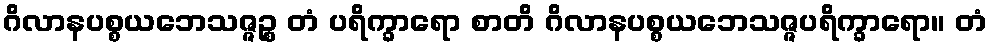
ဂိလာနပစ္စယဘေသဇ္ဇဉ္စ တံ ပရိက္ခာရော စာတိ ဂိလာနပစ္စယဘေသဇ္ဇပရိက္ခာရော။ တံ